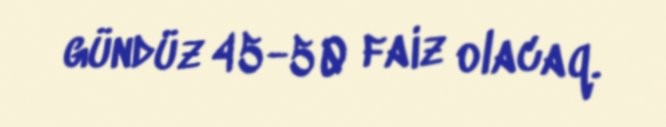
gündüz 45-50 faiz olacaq.